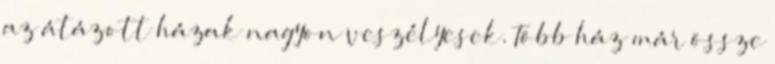
az átázott házak nagyon veszélyesek. Több ház már össze